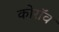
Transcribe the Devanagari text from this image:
कोरॉव